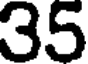
35